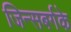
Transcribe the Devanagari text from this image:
जिन्सबर्गके